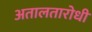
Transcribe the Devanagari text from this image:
अतालतारोधी